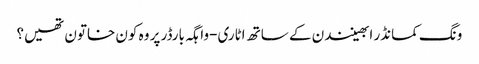
ونگ کمانڈر ابھینندن کے ساتھ اٹاری-واہگہ بارڈر پر وہ کون خاتون تھیں؟